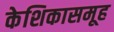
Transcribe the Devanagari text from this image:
केशिकासमूह